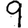
Digit: 9